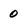
Character: 0